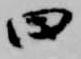
曰